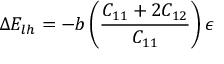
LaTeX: \Delta E _ { l h } = - b \left( { \frac { C _ { 1 1 } + 2 C _ { 1 2 } } { C _ { 1 1 } } } \right) \epsilon